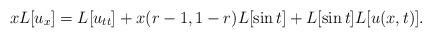
LaTeX: \begin{align*}xL[u_x]=L[u_{tt}]+x(r-1, 1-r)L[\sin t]+L[\sin t]L[u(x,t)].\end{align*}